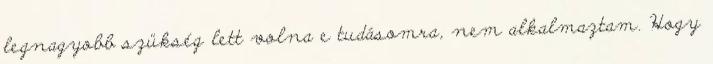
legnagyobb szükség lett volna e tudásomra, nem alkalmaztam. Hogy